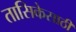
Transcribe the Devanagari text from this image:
तासिकेसाठी